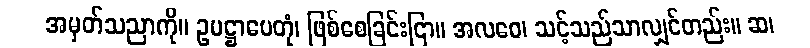
အမှတ်သညာကို။ ဥပဋ္ဌာပေတုံ၊ ဖြစ်စေခြင်းငြာ။ အလဝေ၊ သင့်သည်သာလျှင်တည်း။ ဆ၊